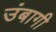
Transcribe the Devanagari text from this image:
उंबागी